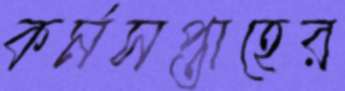
কর্মসপ্তাহের